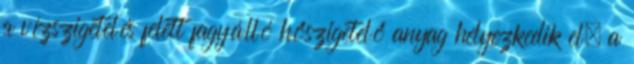
a vízszigetelés felett fagyálló hőszigetelő anyag helyezkedik el, a